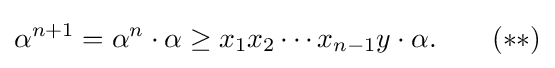
\alpha ^{n+1}=\alpha ^{n}\cdot \alpha \geq x_{1}x_{2}\cdots x_{n-1}y\cdot \alpha .\qquad (**)